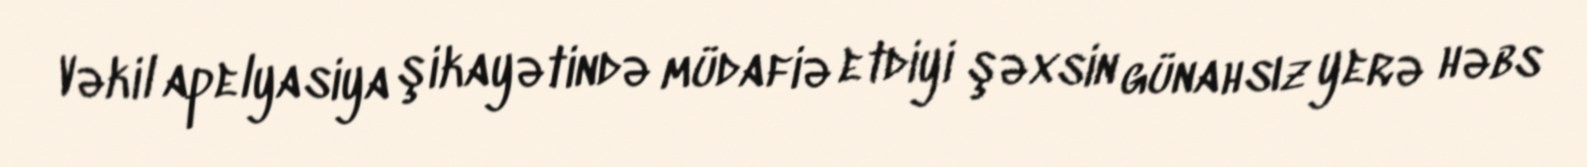
Vəkil apelyasiya şikayətində müdafiə etdiyi şəxsin günahsız yerə həbs